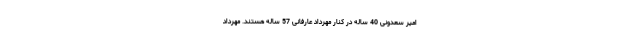
امیر سعدونی 40 ساله در کنار مهرداد عارفانی 57 ساله هستند. مهرداد